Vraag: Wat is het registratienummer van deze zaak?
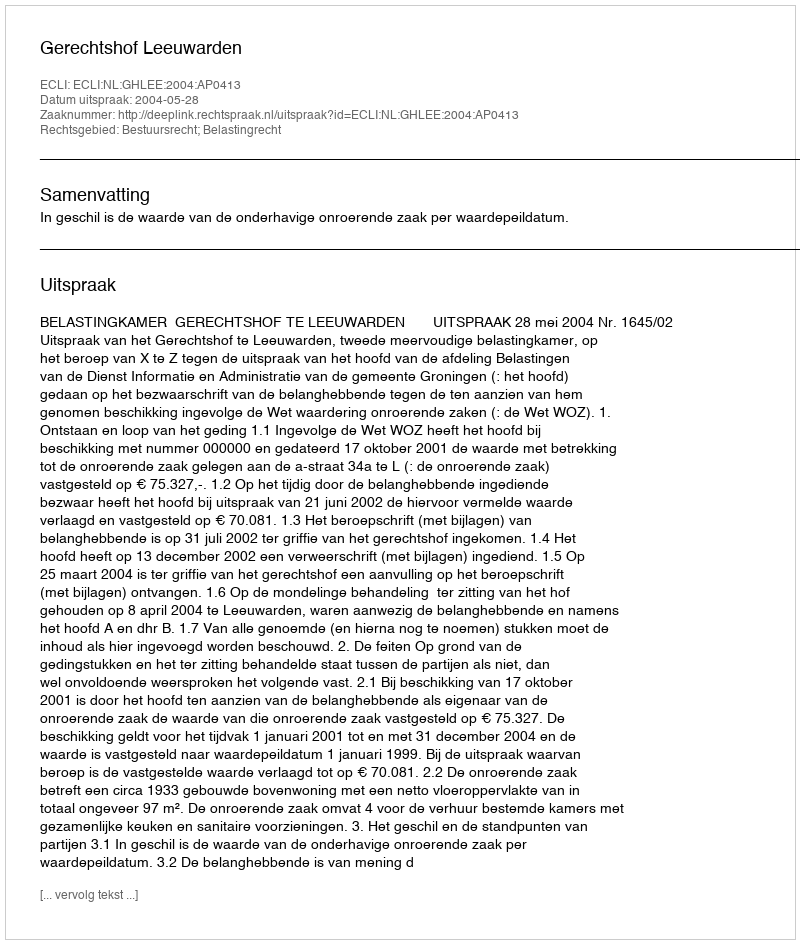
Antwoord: http://deeplink.rechtspraak.nl/uitspraak?id=ECLI:NL:GHLEE:2004:AP0413